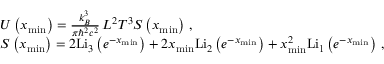
\begin{array} { r l } & { U \left( x _ { \operatorname* { m i n } } \right) = \frac { k _ { B } ^ { 3 } } { \pi \hbar ^ { 2 } c ^ { 2 } } \, L ^ { 2 } T ^ { 3 } S \left( x _ { \operatorname* { m i n } } \right) \, , } \\ & { S \left( x _ { \operatorname* { m i n } } \right) = 2 \mathrm { L i } _ { 3 } \left( e ^ { - x _ { \operatorname* { m i n } } } \right) + 2 x _ { \operatorname* { m i n } } \mathrm { L i } _ { 2 } \left( e ^ { - x _ { \operatorname* { m i n } } } \right) + x _ { \operatorname* { m i n } } ^ { 2 } \mathrm { L i } _ { 1 } \left( e ^ { - x _ { \operatorname* { m i n } } } \right) \, , } \end{array}